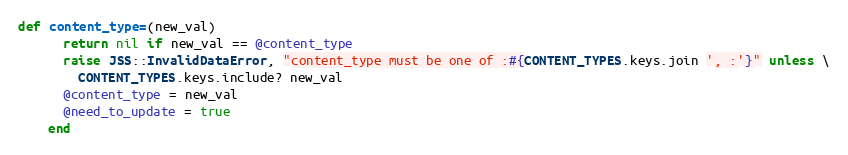
Language: Ruby
def content_type=(new_val)
      return nil if new_val == @content_type
      raise JSS::InvalidDataError, "content_type must be one of :#{CONTENT_TYPES.keys.join ', :'}" unless \
        CONTENT_TYPES.keys.include? new_val
      @content_type = new_val
      @need_to_update = true
    end